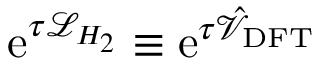
\mathrm { e } ^ { \tau \mathcal { L } _ { H _ { 2 } } } \equiv \mathrm { e } ^ { \tau \hat { \mathcal { V } } _ { \mathrm { D F T } } }